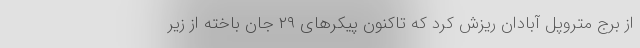
از برج متروپل آبادان ریزش کرد که تاکنون پیکرهای ۲۹ جان باخته از زیر